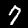
Digit: 7